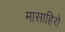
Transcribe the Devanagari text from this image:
मासाहिरो